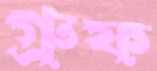
গ্রুফ